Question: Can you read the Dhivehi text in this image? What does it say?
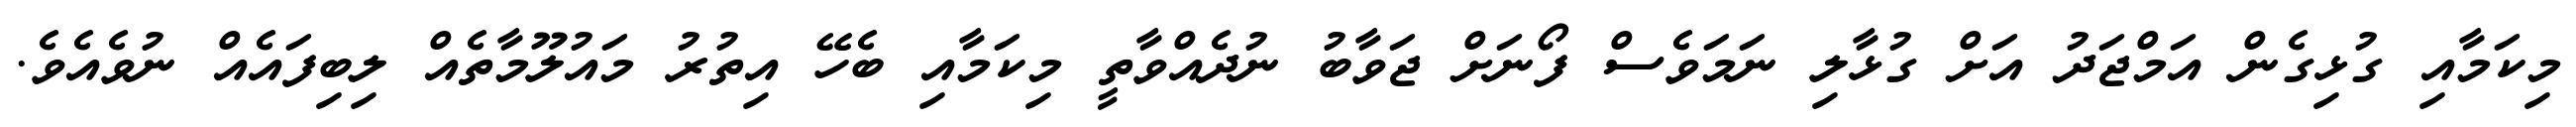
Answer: މިކަމާއި ގުޅިގެން އަމްޖަދު އަށް ގުޅާލި ނަމަވެސް ފޯނަށް ޖަވާބު ނުދެއްވާތީ މިކަމާއި ބެހޭ އިތުރު މައުލޫމާތެއް ލިބިފައެއް ނުވެއެވެ.